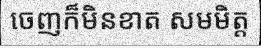
ចេញក៏មិនខាត សមមិត្ត